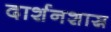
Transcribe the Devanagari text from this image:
दार्शनशास्र